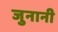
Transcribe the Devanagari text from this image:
जुनानी